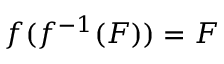
f ( f ^ { - 1 } ( F ) ) = F